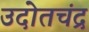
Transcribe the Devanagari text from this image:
उदोतचंद्र